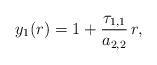
LaTeX: \begin{align*}y_1(r)=1+\dfrac{\tau_{1,1}}{a_{2,2}}\, r,\end{align*}